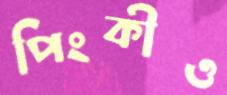
পিংকীও